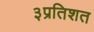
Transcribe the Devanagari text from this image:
३प्रतिशत